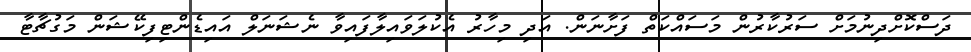
ދަސްކޮށްދިނުމަށް ސަރުކާރުން މަސައްކަތް ފަށާނަން. އަދި މިހާރު އެކުލަވައިލާފައިވާ ނެޝަނަލް އައިޑެންޓިފިކޭޝަން މަގުޗާޓާ